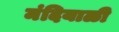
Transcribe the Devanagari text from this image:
मंदियाळी